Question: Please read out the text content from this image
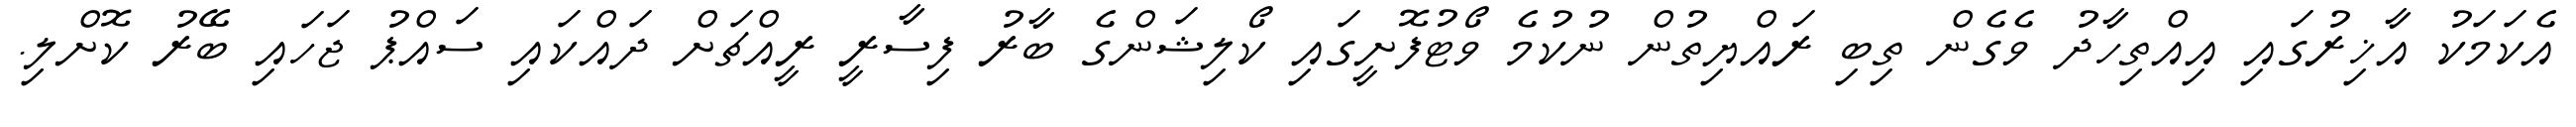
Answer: އެކަމަކު އާޚިރުގައި އިއްތިހާދު ވެގެން ތިބި ރައްޔިތުން ނުކުމެ ވޯޓުފޮށީގައި ކޯލިޝަންގެ ބާރު ފިސާރީ ރީއްޗަށް ދައްކައި ސައްޕު ޖަހައި ބޭރު ކޮށްލި.